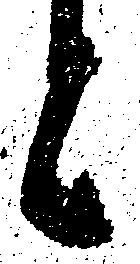
と